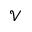
\mathcal { V }